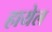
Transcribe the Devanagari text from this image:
हायेल